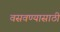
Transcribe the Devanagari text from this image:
वसवण्यासाठी